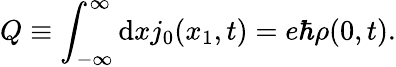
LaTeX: Q\equiv\int_{-\infty}^{\infty}\mathrm{d}xj_{0}(x_{1},t)=e{\hbar}{\rho}(0,t).